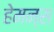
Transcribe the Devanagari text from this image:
हेमन्स